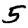
Digit: 5